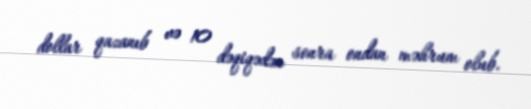
dollar qazanıb və 10 dəqiqədən sonra ondan məhrum olub.